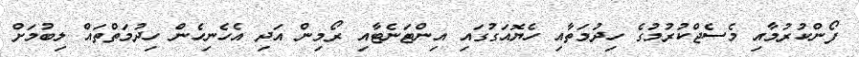
ފޯންކުރުމާއި މެސެޖްކުރުމުގެ ހިދުމަތާއި ހެޔޮއަގުގައި އިންޓަނެޓާއި ރޯމިން އަދި އެހެނިހެން ހިދުމަތްތައް ލިބުމަށް